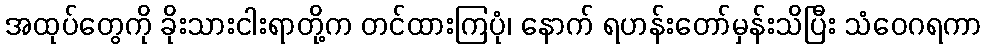
အထုပ်တွေကို ခိုးသားငါးရာတို့က တင်ထားကြပုံ၊ နောက် ရဟန်းတော်မှန်းသိပြီး သံဝေဂရကာ